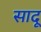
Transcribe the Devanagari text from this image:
सादू